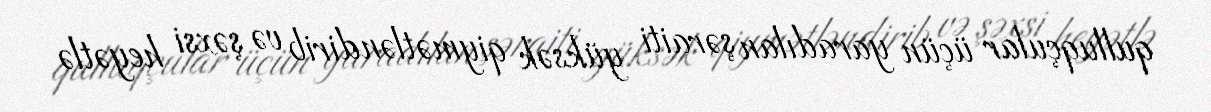
qulluqçular üçün yaradılan şəraiti yüksək qiymətləndirib və şəxsi heyətlə